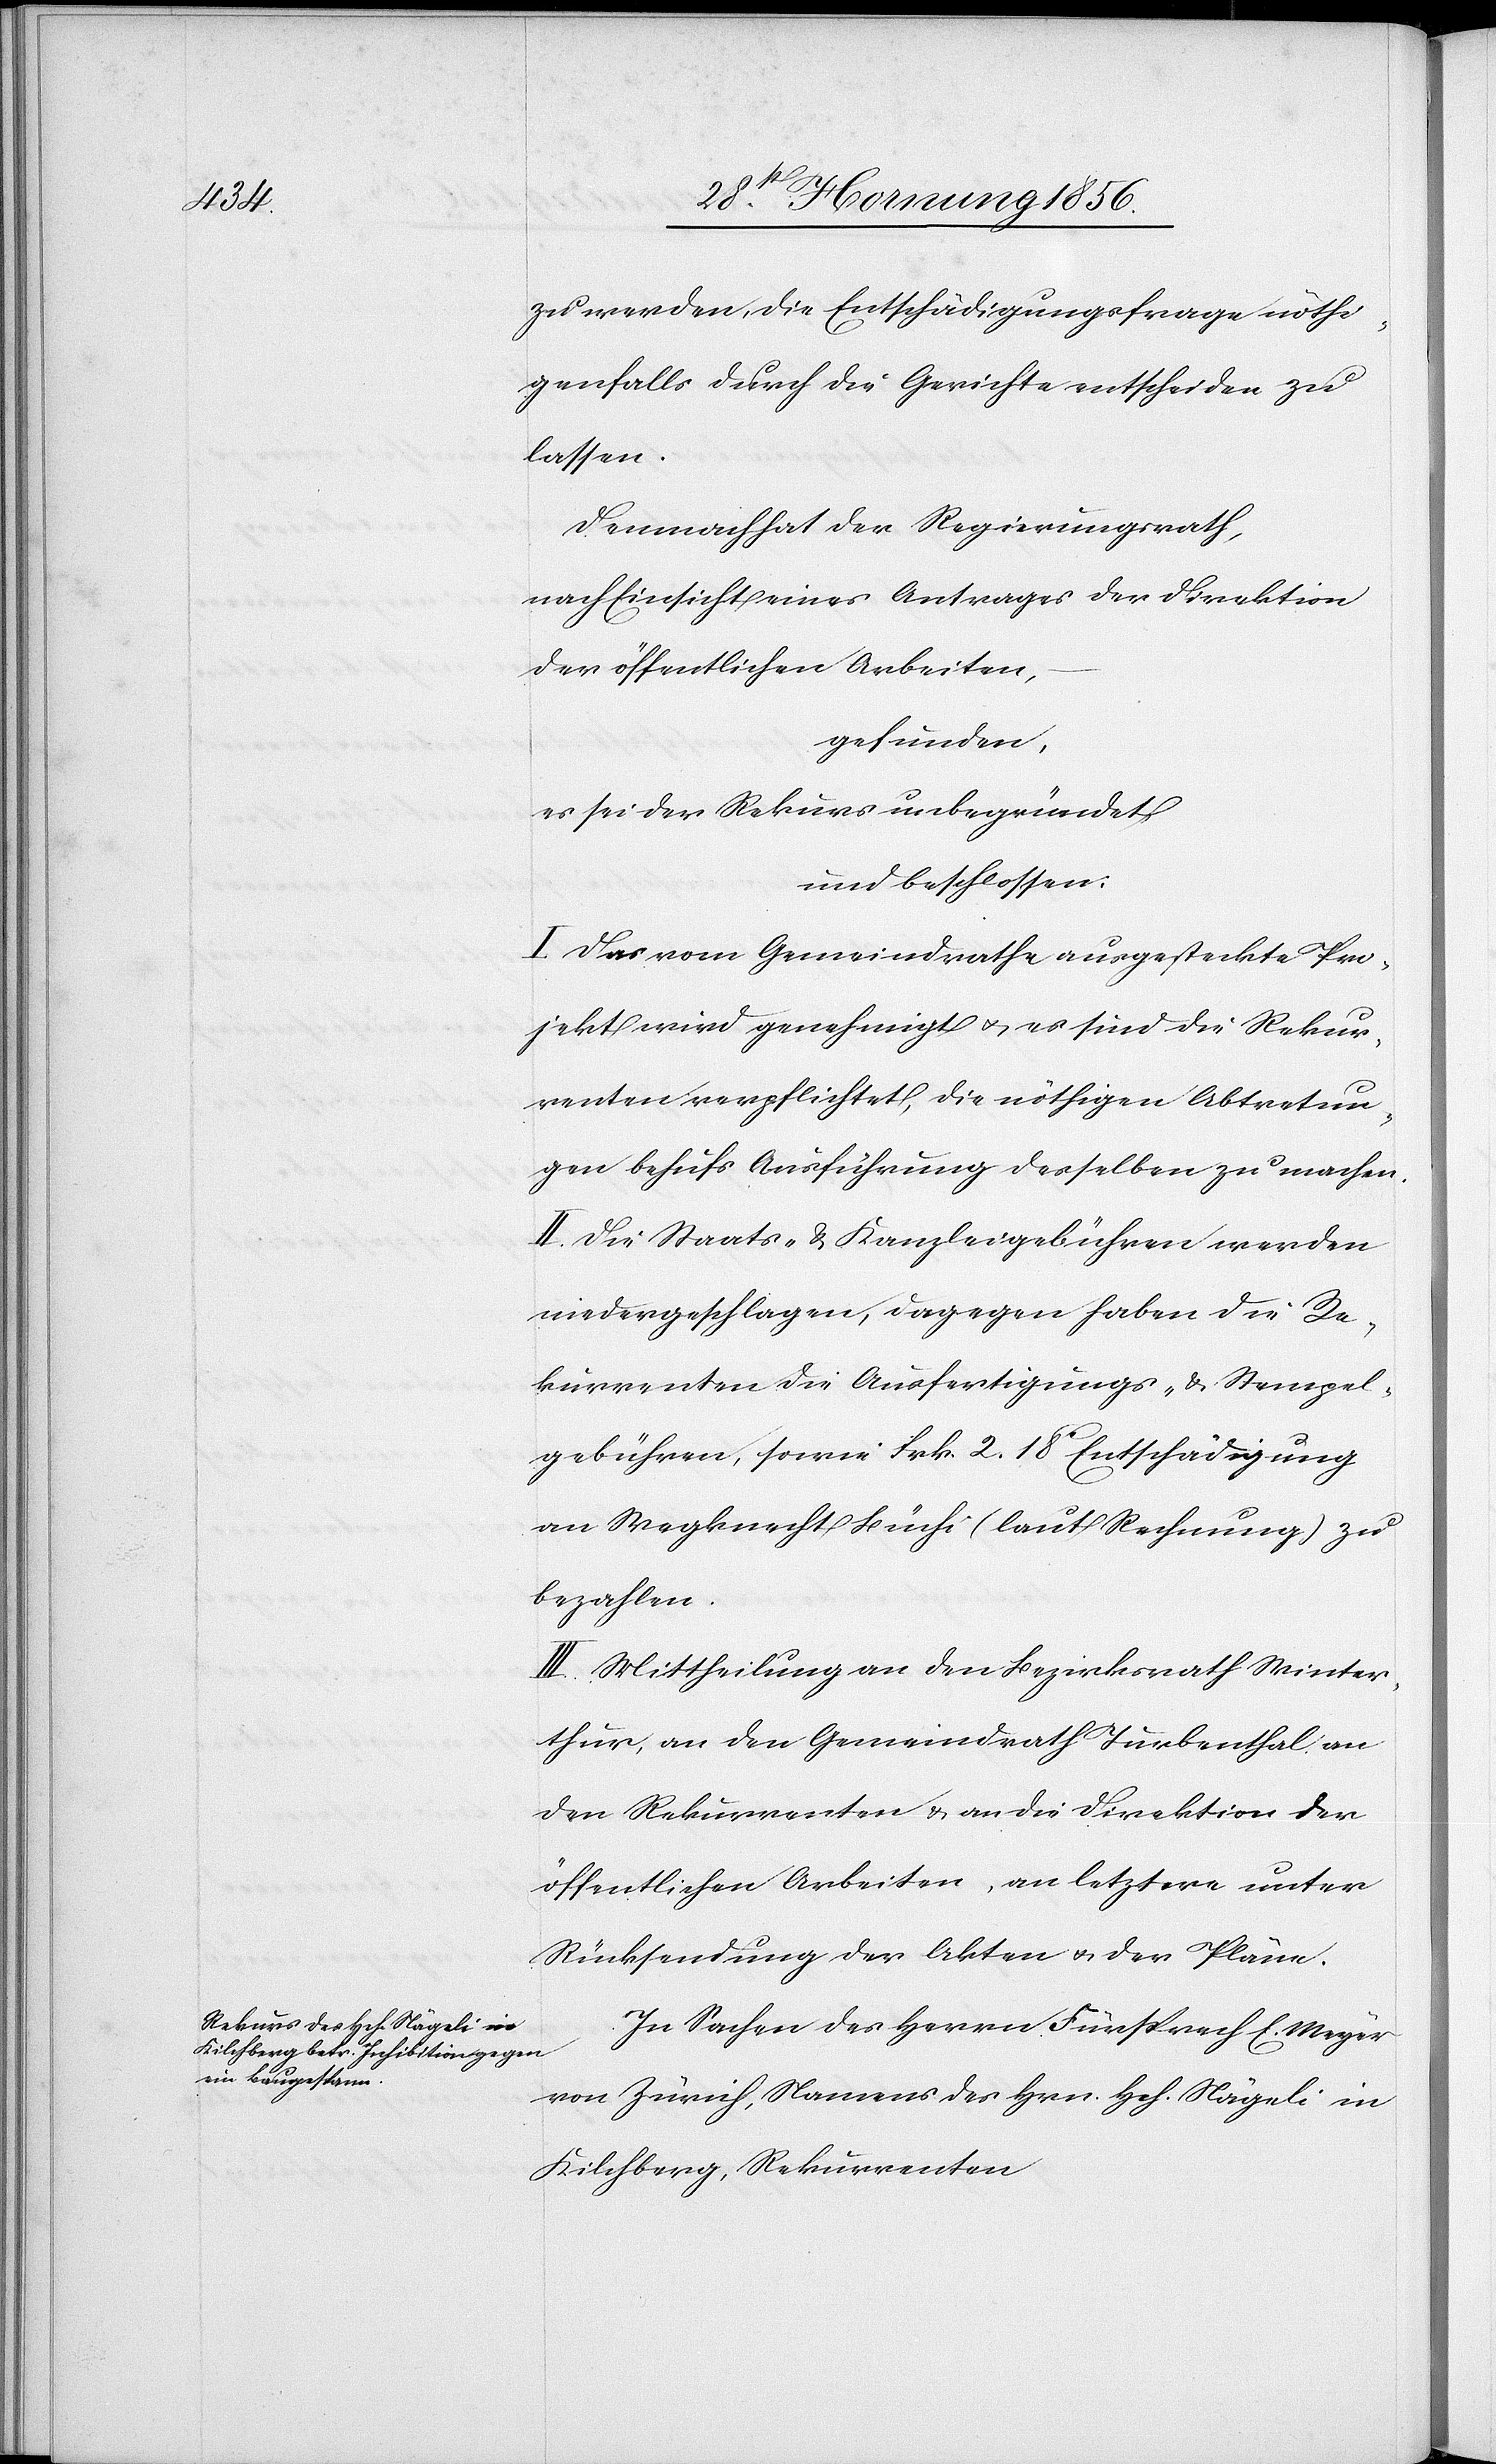
zu werden, die Entschädigungsfrage nöthi¬
genfalls durch die Gericht entscheiden zu
lassen.
Demnach hat der Regierungsrath,
nach Einsicht eines Antrages der Direktion
der öffentlichen Arbeiten,
gefunden,
es sei der Rekurs unbegründet
und beschlossen:
I. Das vom Gemeindrathe ausgesteckte Pro¬
jekt wird genehmigt u. es sind die Rekur¬
renten verpflichtet, die nöthigen Abtretun¬
gen behufs Ausführung desselben zu machen.
II. Die Staats- & Kanzleigebühren werden
niedergeschlagen, dagegen haben die Re¬
kurrenten die Ausfertigungs- & Stempel¬
gebühren, sowie Frk. 2. 18 Entschädigung
an Wegknecht Büchi (laut Rechnung) zu
bezahlen.
III. Mittheilung an den Bezirksrath Winter¬
thur, an den Gemeindrath Turbenthal, an
den Rekurrenten & an die Direktion der
öffentlichen Arbeiten, an letztere unter
Rücksendung der Akten u. der Pläne.
In Sachen des Herrn Fürsprech E. Meyer
von Zürich, Namens des Hrn. Hch. Nägeli in
Kilchberg, Rekurrenten